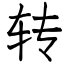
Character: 转